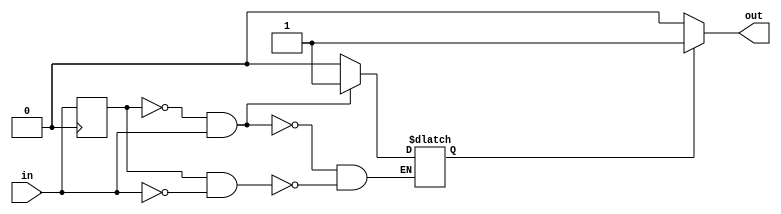
module schmitt_trigger_buffer (
    input wire in,
    output reg out
);

reg reg1, reg2;

always @* begin
    if (!reg1 && in) begin
        reg2 <= 1'b1;
    end
    else if (reg1 && !in) begin
        reg2 <= 1'b0;
    end
    
    if (reg2) begin
        out <= 1'b1;
    end
    else begin
        out <= 1'b0;
    end
end

always @(posedge clk) begin
    reg1 <= in;
end

endmodule